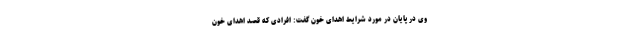
وی در پایان در مورد شرایط اهدای خون گفت: افرادی که قصد اهدای خون